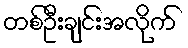
တစ်ဦးချင်းအလိုက်